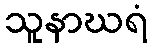
သူနာဃရံ